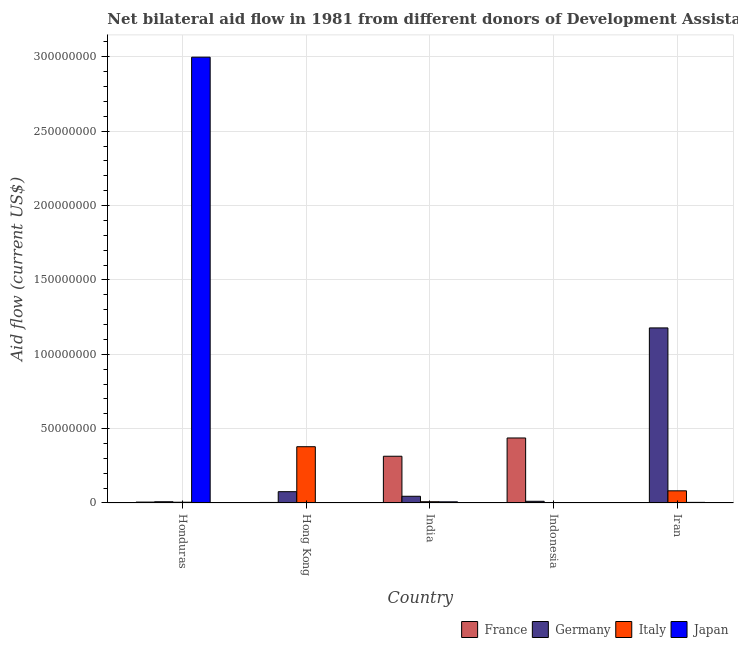
| Country | France | Germany | Italy | Japan |
 | --- | --- | --- | --- | --- |
 | Honduras | 6.1e+05 | 8.4e+05 | 5.1e+05 | 3e+08 |
 | Hong Kong | 3.7e+05 | 7.6e+06 | 3.78e+07 | -1.1e+06 |
 | India | 3.14e+07 | 4.52e+06 | 8.5e+05 | 7.8e+05 |
 | Indonesia | 4.37e+07 | 1.14e+06 | -1.8e+05 | 9e+04 |
 | Iran | -2.17e+06 | 1.18e+08 | 8.18e+06 | 4.2e+05 |